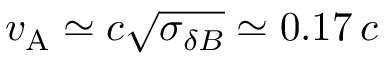
v _ { \mathrm { A } } \simeq c \sqrt { \sigma _ { \delta B } } \simeq 0 . 1 7 \, c